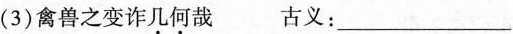
(3)禽兽之变诈几何哉 古义：___